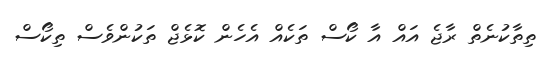
ތިތާކުނެތް ރާޖެ އައް އާ ކޯސް ތަކެއް އެހެން ކޮޅެޖް ތަކުންވެސް ތިކޯސް